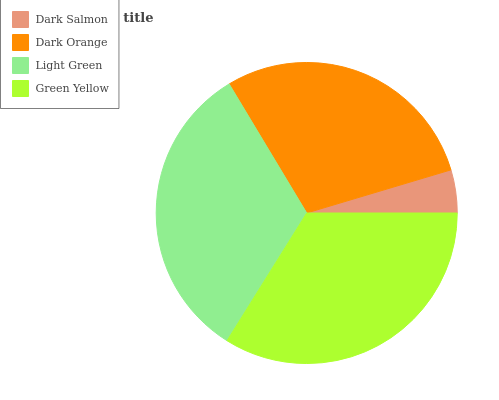
| Dark Salmon | Dark Orange | Light Green | Green Yellow |
 | --- | --- | --- | --- |
 | 4.62% | 29% | 32.5% | 33.9% |